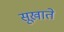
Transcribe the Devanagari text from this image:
सूखाते